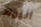
اليوم